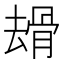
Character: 𠬒